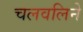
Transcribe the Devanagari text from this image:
चलवलिने